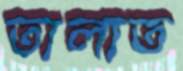
তালাত